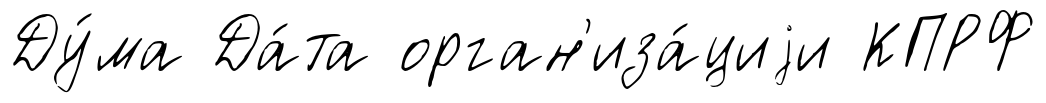
Ду́ма Да́та орган'иза́циjи КПРФ